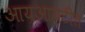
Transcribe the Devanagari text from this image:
आयआयटीत